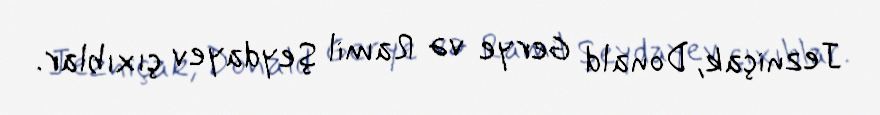
Jezniçak, Donald Gerye və Ramil Şeydayev çıxıblar.